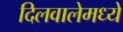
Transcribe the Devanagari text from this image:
दिलवालेमध्ये